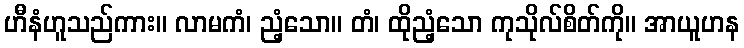
ဟီနံဟူသည်ကား။ လာမကံ၊ ညံ့သော။ တံ၊ ထိုညံ့သော ကုသိုလ်စိတ်ကို။ အာယူဟန